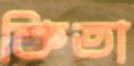
কিতা